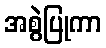
အစွဲပြုကာ